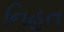
નિહત